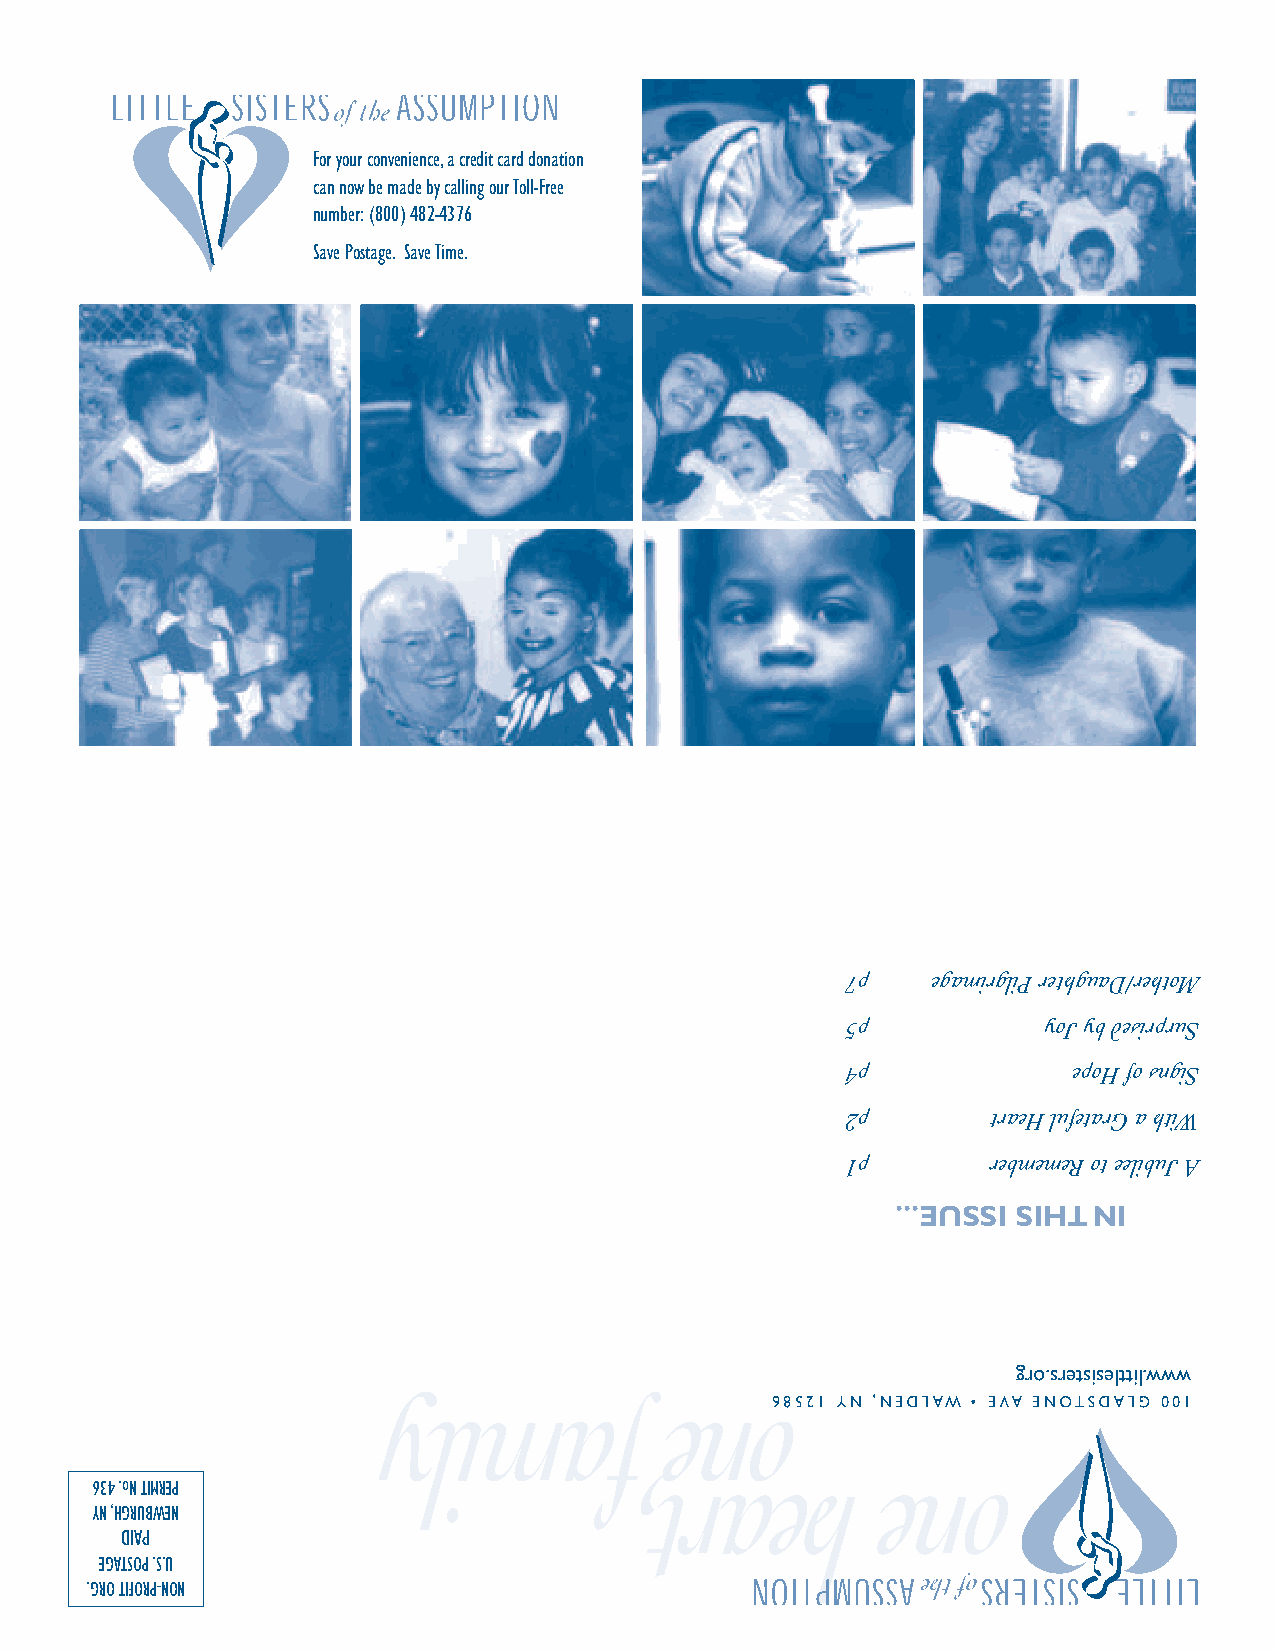
For your convenience,a credit card donation
 can now be made by calling our Toll-Free
 number: (800) 482-4376
 Save Postage. Save Time.
 7p    egamirgliP rethguaD/rehtoM
 5p           yoJ yb desirpruS
 4p             epoH fo sngiS
 2p       traeH lufetarG a htiW
 1p       rebmemeR ot eelibuJ A
 ...EUSSI SIHT NI
 gro.sretsiselttil.www
 ylimaf             eno68521   YN ,NEDLAW • EVA ENOTSDALG 001
 ,traeh           eno
 634.oN TIMREP
 YN,HGRUBWEN
 DIAP
 EGATSOP.S.U
 .GRO TIFORP-NON